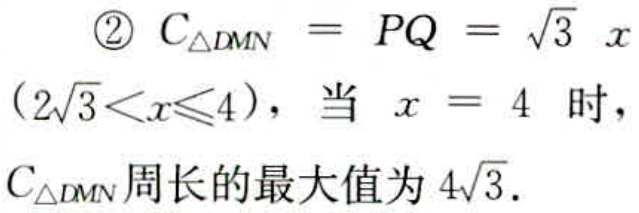
\begin{enumerate}

\item $C_{\triangle DMN}=PQ = \sqrt{3}x$\\$(2\sqrt{3}<x\leqslant4)$，当 $x = 4$ 时，\\$C_{\triangle DMN}$周长的最大值为$4\sqrt{3}$.

\end{enumerate}